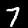
Label: 7